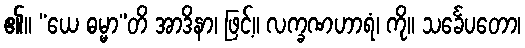
၏။ “ယေ ဓမ္မာ”တိ အာဒိနာ၊ ဖြင့်။ လက္ခဏဟာရံ၊ ကို။ သင်္ခေပတော၊